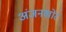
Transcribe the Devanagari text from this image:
अंजनखोर